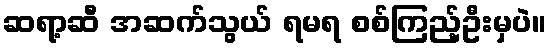
ဆရာ့ဆီ အဆက်သွယ် ရမရ စစ်ကြည့်ဦးမှပဲ။